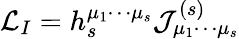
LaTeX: {\cal L}_{I}=h_{s}^{\mu_{1}\cdots\mu_{s}}{\cal J}_{\mu_{1}\cdots\mu_{s}}^{(s)}